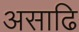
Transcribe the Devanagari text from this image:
असाढि